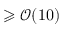
\geqslant \mathcal { O } ( 1 0 )